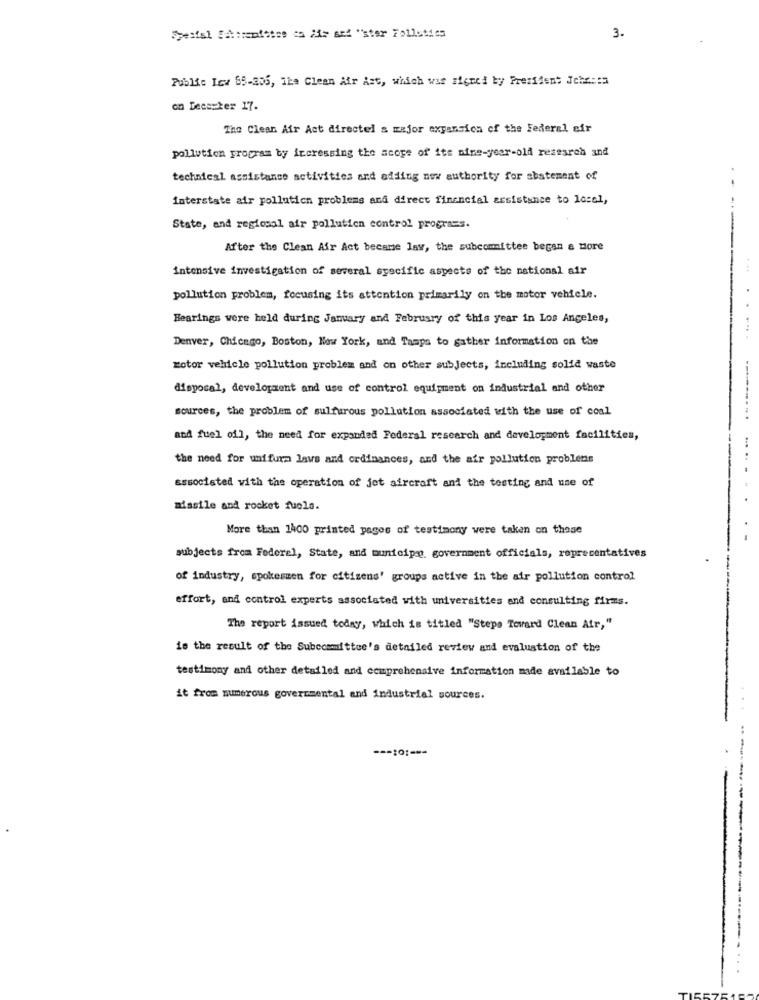
3.
Publi: Icw 65-356, 1ks Clean Air Ast, which was signed by Prezident Jeho :: 5
on Deesster 17.
The Clean Air Act directel a major expansion of the Federal sir
pollution program by increasing the scope of its nine-year-old research and
technical assistance activities and adding new authority for abatement of
--
interstate air pollution problems and direct financial assistance to local,
State, and regional air pollution control programs.
After the Clean Air Act became law, the subcommittee began a More
intensive investigation of several syecific aspects of the national air
...
pollution problem, focusing its attention primarily on the motor vehicle.
Bearings were held during January and February of this year in Los Angeles,
.....
Denver, Chicago, Boston, New York, and Tamps to gather information on the
motor vehicle pollution problem and on other subjects, including solid waste
disposal, development and use of control equipment on industrial and other
sources, the problem of sulfurous pollution associated with the use of coal
-------...
and fuel oil, the need for expanded Federal research and development facilities,
the need for uniform laws and ordinances, and the air pollution probletis
associated with the operation of jet aircraft and the testing and use of
missile and rocket fuels.
More than 1400 printed pages of testimony were taken on these
subjects from Federal, State, and municip, government officials, representatives
of industry, spokesmen for citizens' groups active in the air pollution control
---
effort, and control experts associated with universities and consulting firms.
The report issued today, which is titled "Steps Tovard Clean Air,"
ie the result of the Subcommittee's detailed review and evaluation of the
testimony and other detailed and comprehensive information made available to
it from numerous governmental and industrial sources.
-------